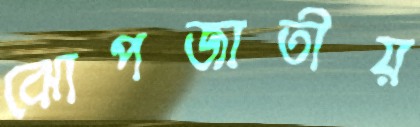
ঝোপজাতীয়